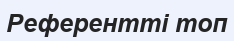
Референтті топ